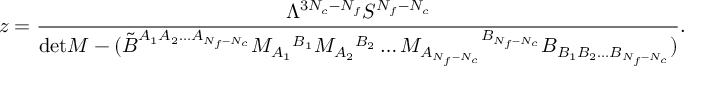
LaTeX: z = \frac { \Lambda ^ { 3 N _ { c } - N _ { f } } S ^ { N _ { f } - N _ { c } } } { \mathrm { d e t } M - ( \tilde { B } ^ { A _ { 1 } A _ { 2 } \ldots A _ { N _ { f } - N _ { c } } } M _ { A _ { 1 } } { } ^ { B _ { 1 } } M _ { A _ { 2 } } { } ^ { B _ { 2 } } \ldots M _ { A _ { N _ { f } - N _ { c } } } { } ^ { B _ { N _ { f } - N _ { c } } } B _ { B _ { 1 } B _ { 2 } \ldots B _ { N _ { f } - N _ { c } } } ) } .